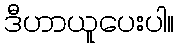
ဒီဟာယူပေးပါ။